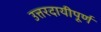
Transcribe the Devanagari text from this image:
उत्तरदायीपूर्ण